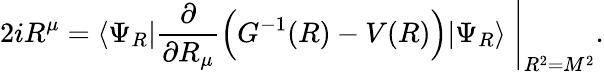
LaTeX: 2iR^{\mu}=\langle\Psi_{R}|\frac{\partial}{\partial R_{\mu}}\Big(G^{-1}(R)-V(R)\Big)|\Psi_{R}\rangle\; \Bigg|_{R^{2}=M^{2}}.